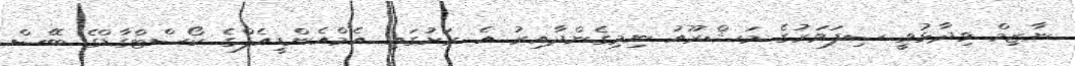
ނާޒިމް ވިދާޅުވީ ސިފަވަރުގެ މަޝްރޫއު ނިމިގެންދާއިރު އެ ރަށުގައި އެމްއެންޑީއެފްގެ ކޯސްޓްގާޑްގެ ބޭސް